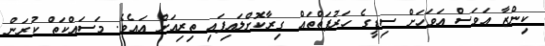
ކިންޒާ އަވަސް އަވަހަށް ސިޑީގެ ހަރުފަތްތައް ގިރާކޮށްލައިފައި ތިރިއަށް އައެވެ. މަސައްކަތް ކުރަން